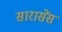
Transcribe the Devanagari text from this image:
सारासेंस